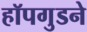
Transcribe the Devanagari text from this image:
हॉपगुडने